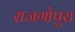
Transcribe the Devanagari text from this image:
राजगोपुरा